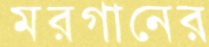
মরগানের